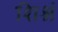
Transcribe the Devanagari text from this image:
शिश्नं